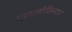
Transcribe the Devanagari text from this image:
गुंडशाहीविरुद्ध